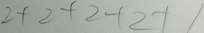
2 + 2 + 2 + 2 + 1